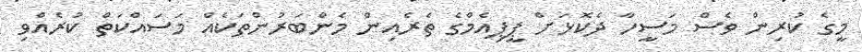
މީގެ ކުރިން ވެސް މަަސީހާ ދެކޮޅަށް ޕީޕިއެމްގެ ތެރެއިން މެންބަރުންތަކެއް މަސައްކަތް ކުރެއްވި